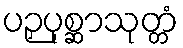
ပဉှပုစ္ဆာသုတ္တံ